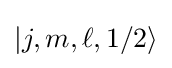
|j,m,\ell ,1/2\rangle